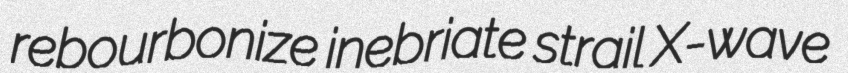
rebourbonize inebriate strail X-wave